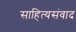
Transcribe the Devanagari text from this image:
साहित्यसंवाद